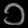
Digit: ၁